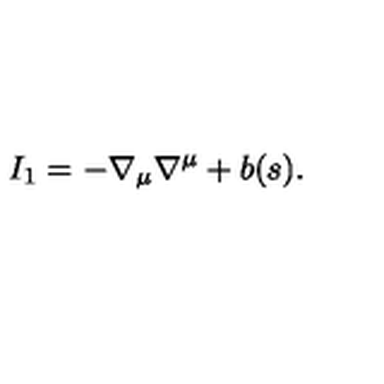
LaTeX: I _ { 1 } = - \nabla _ { \mu } \nabla ^ { \mu } + b ( s ) .